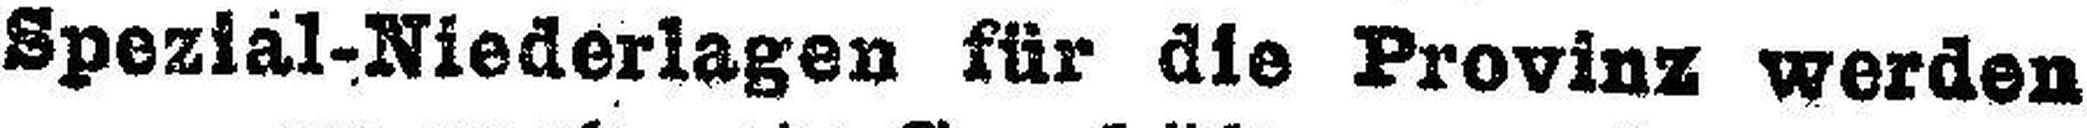
Spezial-Niederlagen für die Provinz werden